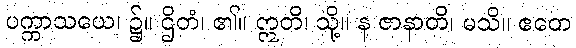
ပက္ကာသယေ၊ ၌။ ဌိတံ၊ ၏။ ဣတိ၊ သို့။ န ဇာနာတိ၊ မသိ။ ဧတေ